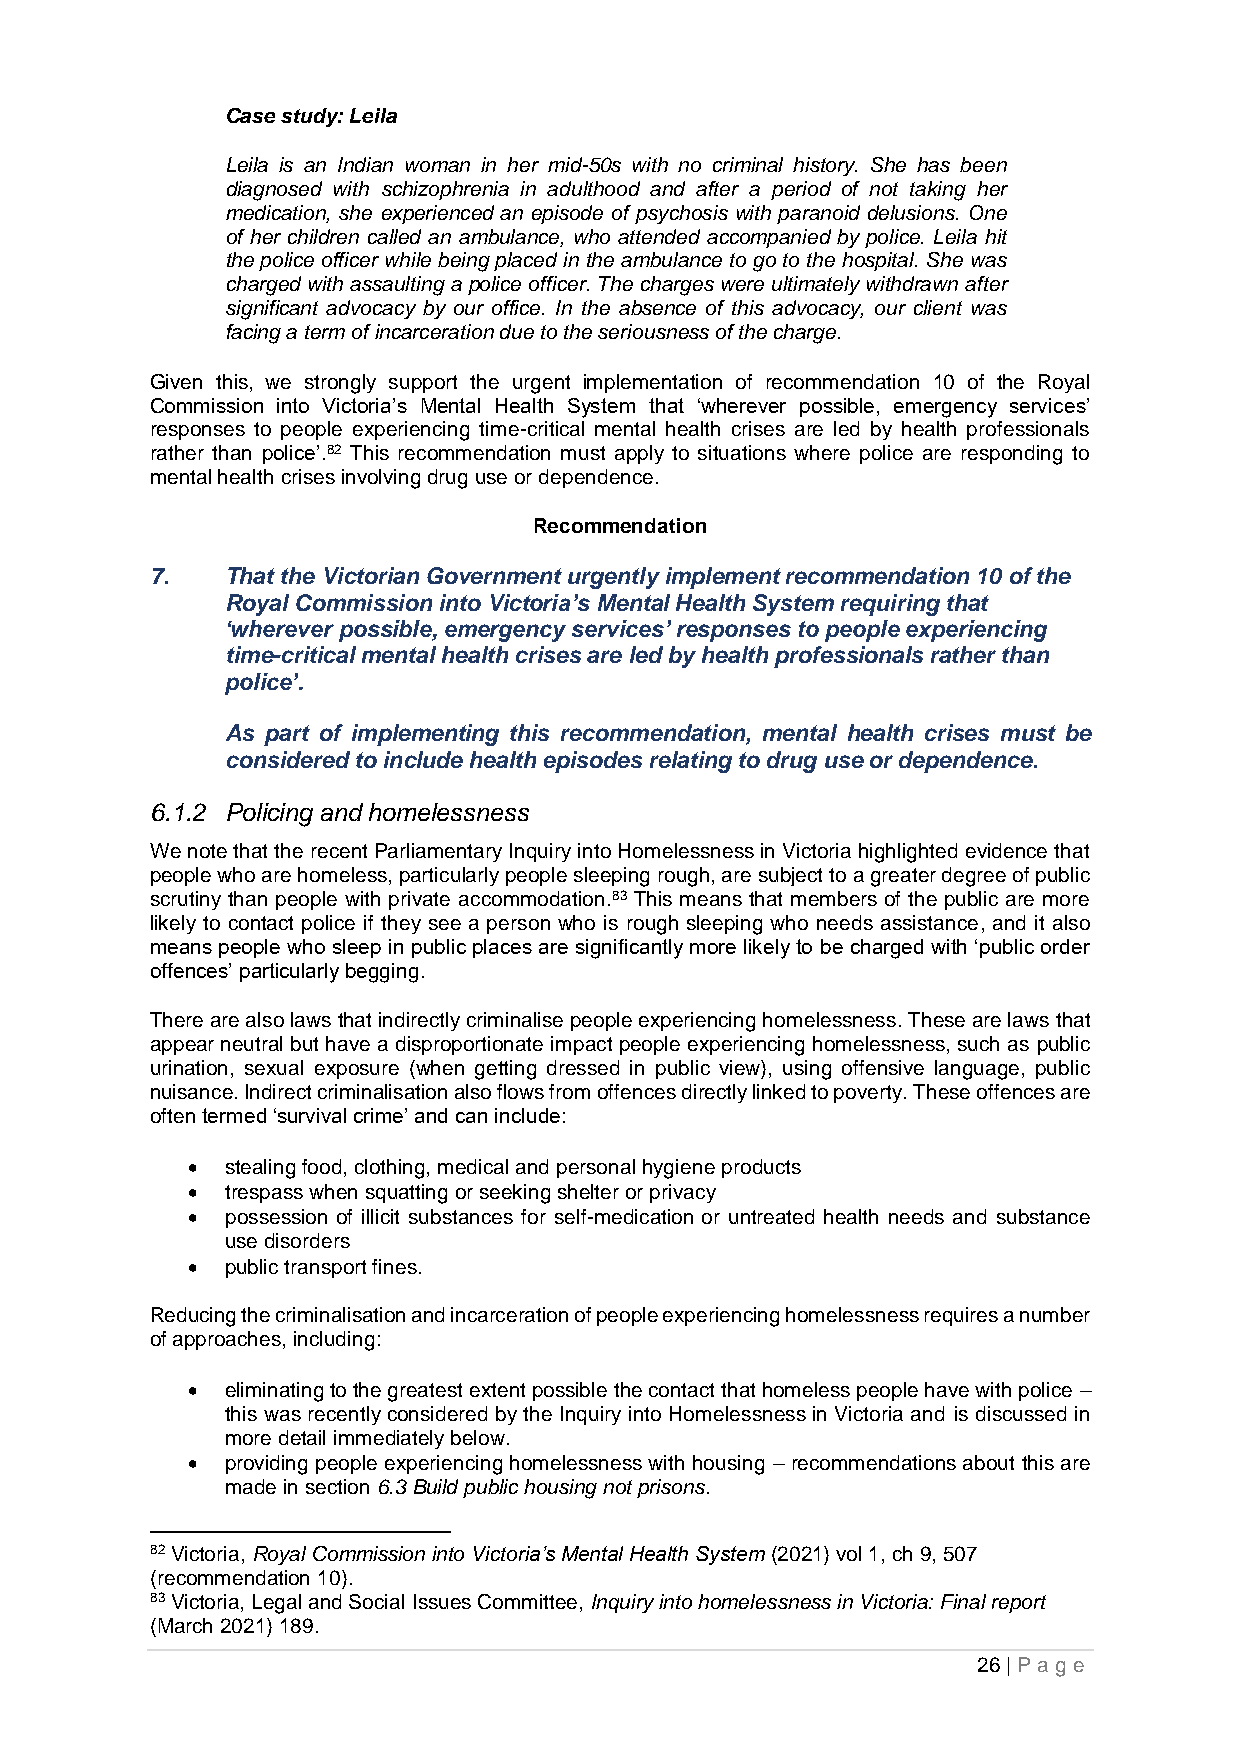
Case study: Leila
 Leila is an Indian woman in her mid-50s with no criminal history. She has been
 diagnosed with schizophrenia in adulthood and after a period of not taking her
 medication, she experienced an episode of psychosis with paranoid delusions. One
 of her children called an ambulance, who attended accompanied by police. Leila hit
 the police officer while being placed in the ambulance to go to the hospital. She was
 charged with assaulting a police officer. The charges were ultimately withdrawn after
 significant advocacy by our office. In the absence of this advocacy, our client was
 facing a term of incarceration due to the seriousness of the charge.
 Given this, we strongly support the urgent implementation of recommendation 10 of the Royal
 Commission into Victoria’s Mental Health System that ‘wherever possible, emergency services’
 responses to people experiencing time-critical mental health crises are led by health professionals
 rather than police’.82 This recommendation must apply to situations where police are responding to
 mental health crises involving drug use or dependence.
 Recommendation
 7.   That the Victorian Government urgently implement recommendation 10 of the
 Royal Commission into Victoria’s Mental Health System requiring that
 ‘wherever possible, emergency services’ responses to people experiencing
 time-critical mental health crises are led by health professionals rather than
 police’.
 As part of implementing this recommendation, mental health crises must be
 considered to include health episodes relating to drug use or dependence.
 6.1.2 Policing and homelessness
 We note that the recent Parliamentary Inquiry into Homelessness in Victoria highlighted evidence that
 people who are homeless, particularly people sleeping rough, are subject to a greater degree of public
 scrutiny than people with private accommodation.83 This means that members of the public are more
 likely to contact police if they see a person who is rough sleeping who needs assistance, and it also
 means people who sleep in public places are significantly more likely to be charged with ‘public order
 offences’ particularly begging.
 There are also laws that indirectly criminalise people experiencing homelessness. These are laws that
 appear neutral but have a disproportionate impact people experiencing homelessness, such as public
 urination, sexual exposure (when getting dressed in public view), using offensive language, public
 nuisance. Indirect criminalisation also flows from offences directly linked to poverty. These offences are
 often termed ‘survival crime’ and can include:
 •  stealing food, clothing, medical and personal hygiene products
 •  trespass when squatting or seeking shelter or privacy
 •  possession of illicit substances for self-medication or untreated health needs and substance
 use disorders
 •  public transport fines.
 Reducing the criminalisation and incarceration of people experiencing homelessness requires a number
 of approaches, including:
 •  eliminating to the greatest extent possible the contact that homeless people have with police –
 this was recently considered by the Inquiry into Homelessness in Victoria and is discussed in
 more detail immediately below.
 •  providing people experiencing homelessness with housing – recommendations about this are
 made in section 6.3 Build public housing not prisons.
 82 Victoria, Royal Commission into Victoria’s Mental Health System (2021) vol 1, ch 9, 507
 (recommendation 10).
 83 Victoria, Legal and Social Issues Committee, Inquiry into homelessness in Victoria: Final report
 (March 2021) 189.
 26 | P age